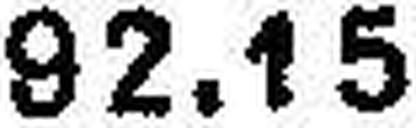
92.15